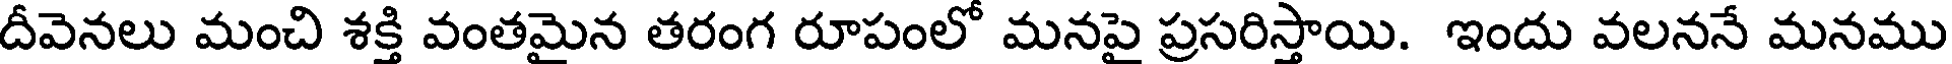
దీవెనలు మంచి శక్తి వంతమైన తరంగ రూపంలో మనపై ప్రసరిస్తాయి. ఇందు వలననే మనము